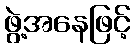
ဖွဲ့အနေဖြင့်